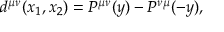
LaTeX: d ^ { \mu \nu } ( x _ { 1 } , x _ { 2 } ) = P ^ { \mu \nu } ( y ) - P ^ { \nu \mu } ( - y ) ,